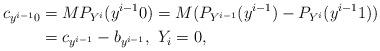
LaTeX: \begin{align*} c_{y^{i-1}0} &= M P_{Y^i} ( y^{i-1} 0) = M ( P_{Y^{i-1}} ( y^{i-1} ) - P_{Y^i} ( y^{i-1} 1)) \\& = c_{y^{i-1}} - b_{y^{i-1}}, \ Y_i = 0, \end{align*}